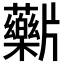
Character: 𬌖